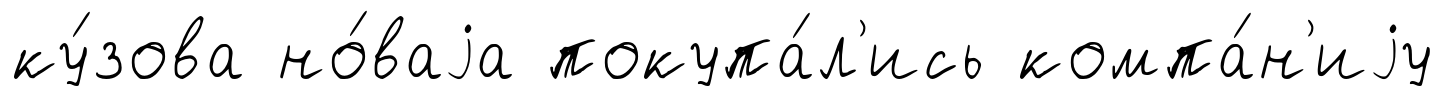
ку́зова но́ваjа покупа́л'ись компа́н'иjу